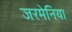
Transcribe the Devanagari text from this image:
जरमेनिया